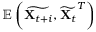
\mathbb { E } \left( \widetilde { \mathbf { X } _ { t + i } } , \widetilde { \mathbf { X } _ { t } } ^ { T } \right)